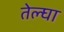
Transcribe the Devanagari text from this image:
तेल्घा